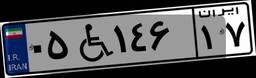
۰۵W۱۴۶۱۷